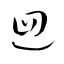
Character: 迴